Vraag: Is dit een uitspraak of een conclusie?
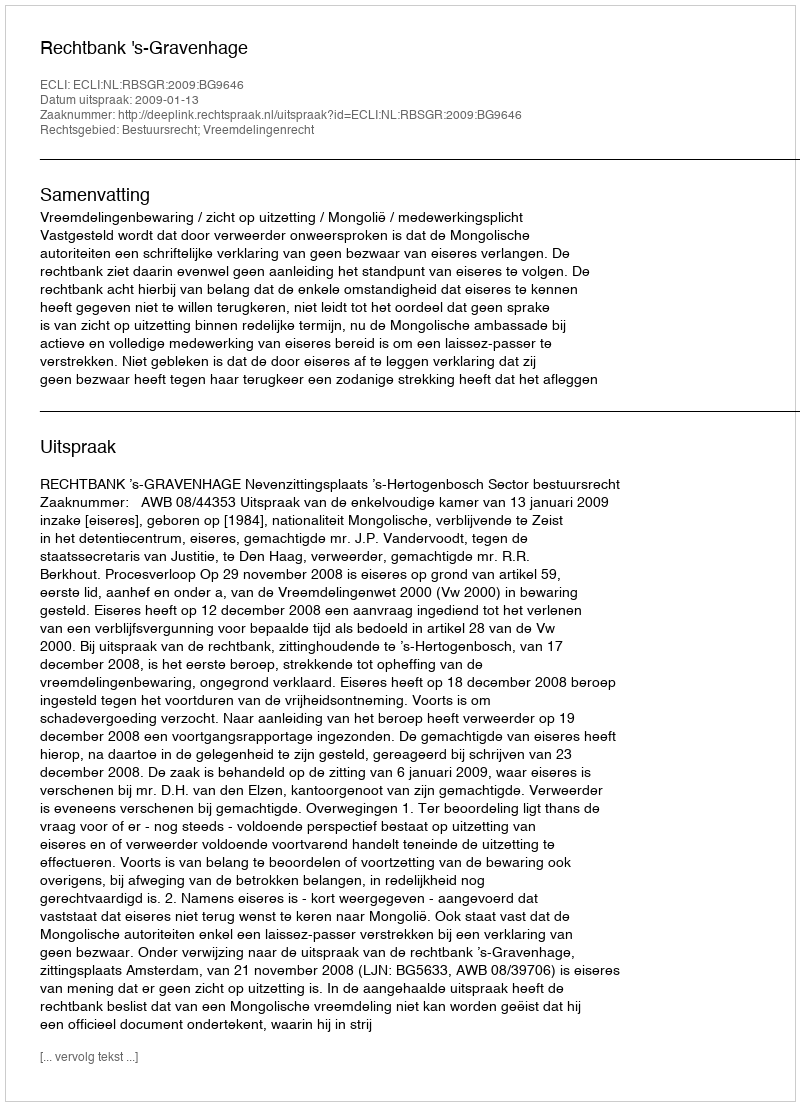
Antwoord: Uitspraak